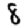
Digit: 8